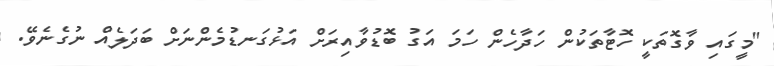
"މީގައި ވާގޮތަކީ ހޮޓާތަކުން ހަދާހެން ހަމަ އަގު ބޮޑުވާއިރަށް އަޅުގަނޑުމެންނަށް ބަދަލެއް ނުގެނެވޭ.